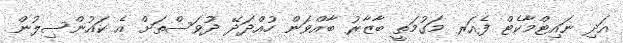
އަދި ނައިޓްމާކެޓް ފެއަރ މަގުމަތީ ބާޒާރު ބާއްވަން ހުއްދަދޭ ދުވަސްތަށް އެ ކައުންސިލުން